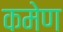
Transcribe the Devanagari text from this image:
कमेण